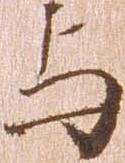
与